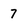
Character: 7